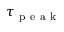
\tau _ { \mathrm { ~ p ~ e ~ a ~ k ~ } }